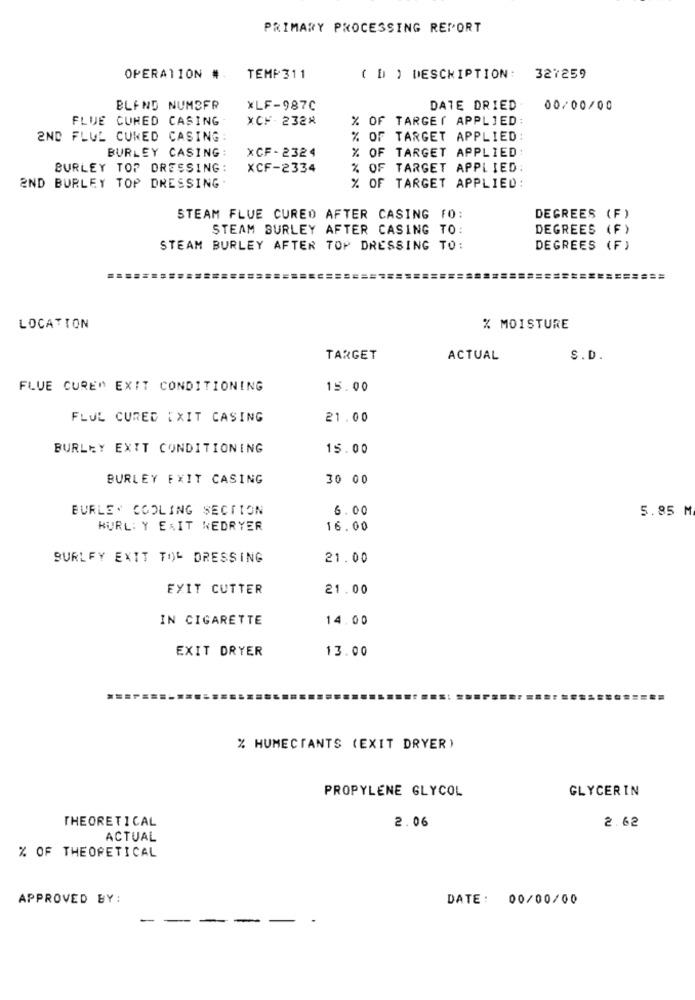
PRIMARY PROCESSING REPORT
OPERATION #
TEMP 311
( D ) DESCRIPTION: 327259
BLAND NUMBER
XLF-987C
DATE DRIED
00/00/00
FLUE CURED CASING
XCH - 2328
% OF TARGET APPLIED
2ND FLUL CURED CASING
% OF TARGET APPLIED:
BURLEY CASING:
XCF-2324
% OF TARGET APPLIED
BURLEY TOP DRESSING:
XCF-2334
% OF TARGET APPLIED:
END BURLEY TOP DRESSING
% OF TARGET APPLIED:
STEAM FLUE CURED AFTER CASING FO:
DEGREES (F)
STEAM SURLEY AFTER CASING TO:
DEGREES (F)
STEAM BURLEY AFTER TOP DRESSING TO:
DEGREES (F)
===
LOCATION
% MOISTURE
TARGET
ACTUAL
S.D.
FLUE CURE" EXIT CONDITIONING
15.00
FLUL CURED EXIT CASING
21.00
BURLEY EXIT CONDITIONING
15.00
BURLEY FXIT CASING
30 00
BURLE. COOLING SECTION
6.00
5.85 M
HURL: Y EAIT NEDRYER
16.00
SURLFY EXIT TOL DRESSING
21.00
EXIT CUTTER
21.00
IN CIGARETTE
14.00
EXIT DRYER
13.00
% HUMECTANTS (EXIT DRYER)
PROPYLENE GLYCOL
GLYCERIN
THEORETICAL
2.06
2.62
ACTUAL
% OF THEORETICAL
APPROVED BY:
DATE: 00/00/00